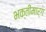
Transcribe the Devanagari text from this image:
भक्तीमार्ग